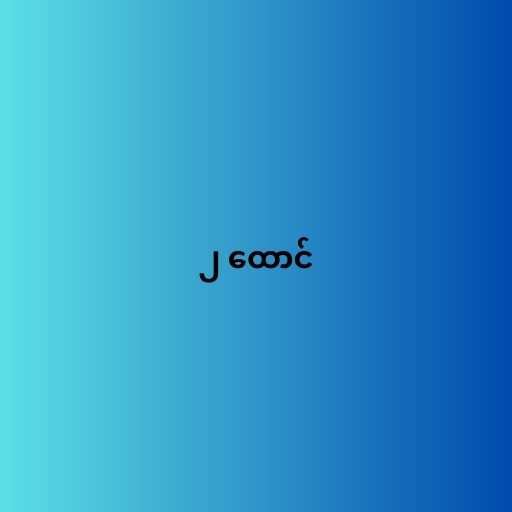
၂ ထောင်